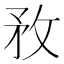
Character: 敄